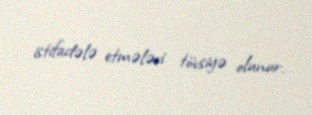
istifadələ etmələri tövsiyə olunur.